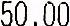
50.00